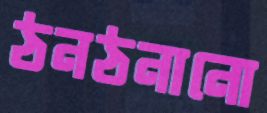
ঠনঠনানো